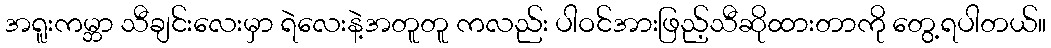
အရူးကမ္ဘာ သီချင်းလေးမှာ ရဲလေးနဲ့အတူတူ ကလည်း ပါဝင်အားဖြည့်သီဆိုထားတာကို တွေ့ရပါတယ်။